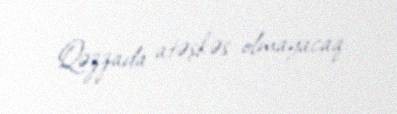
Qəzzada atəşkəs olmayacaq.